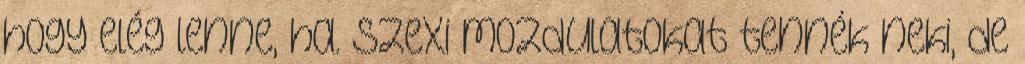
hogy elég lenne, ha. szexi mozdulatokat tennék neki, de